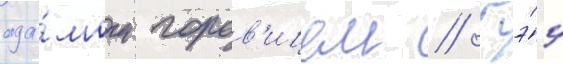
ада́мом горов'ицем // Гэ́д